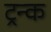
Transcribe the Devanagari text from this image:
ट्रन्क